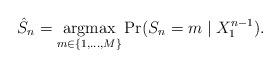
LaTeX: \begin{gather*}\hat{S}_n = \underset{m\in\{1,\ldots, M\}}{\operatorname{argmax}}\Pr(S_n = m \mid X_{1}^{n-1}).\end{gather*}